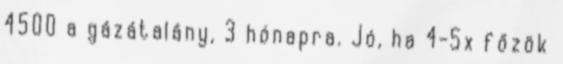
4500 a gázátalány, 3 hónapra. Jó, ha 4-5x főzök